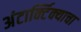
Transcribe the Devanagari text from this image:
अंटार्क्टिक्याचा